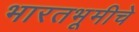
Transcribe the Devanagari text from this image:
भारतभूमीचे